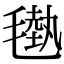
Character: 𣯭